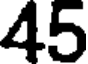
45